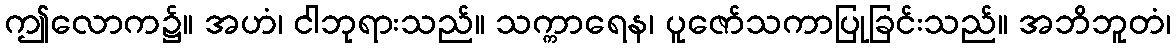
ဤလောက၌။ အဟံ၊ ငါဘုရားသည်။ သက္ကာရေန၊ ပူဇော်သကာပြုခြင်းသည်။ အဘိဘူတံ၊